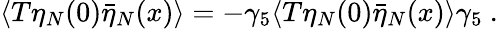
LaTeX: \langle T\eta_{N}(0)\bar{\eta}_{N}(x)\rangle=-\gamma_{5}\langle T\eta_{N}(0)\bar{\eta}_{N}(x)\rangle\gamma_{5}\ .